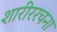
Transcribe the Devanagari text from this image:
शारीररचना